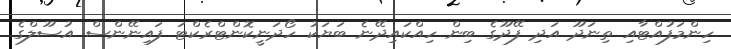
ހިންމަފުއްޓާއި ތިނަދޫ އަދި ފޭދޫގެ ބިން ހިއްކައިދޭނެ ބަޔަކު ހޯދަނީކޮންޓްރެކްޓަ ފައިނޭންސް އުސޫލްގެ